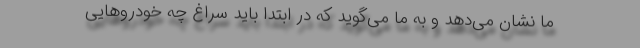
ما نشان می‌دهد و به ما می‌گوید که در ابتدا باید سراغ چه خودروهایی